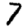
Digit: 7